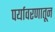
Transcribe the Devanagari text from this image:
पर्यावरणातून